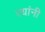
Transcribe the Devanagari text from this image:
त्यांनी